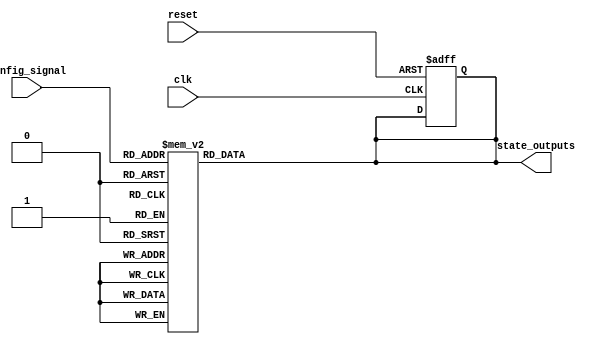
module ConfigurableInitialConditions #(
    parameter NUM_OUTPUTS = 8,                // Number of state output signals
    parameter CONFIG_WIDTH = 3,                // Number of bits for Config Signal
    parameter DEFAULT_STATE = {NUM_OUTPUTS{1'b0}} // Default state (all zeros)
)(
    input  wire [CONFIG_WIDTH - 1:0] config_signal,   // Config Signal
    input  wire clk,                                  // Clock Signal
    input  wire reset,                                // Reset Signal (active-high)
    output reg  [NUM_OUTPUTS - 1:0] state_outputs    // State Outputs
);

    // Combinational logic: Define initial conditions based on config_signal
    always @(*) begin
        case (config_signal)
            3'b000: state_outputs = 8'b00000000; // Condition 0
            3'b001: state_outputs = 8'b00000001; // Condition 1
            3'b010: state_outputs = 8'b00000010; // Condition 2
            3'b011: state_outputs = 8'b00000100; // Condition 3
            3'b100: state_outputs = 8'b00001000; // Condition 4
            3'b101: state_outputs = 8'b00010000; // Condition 5
            3'b110: state_outputs = 8'b00100000; // Condition 6
            3'b111: state_outputs = 8'b01000000; // Condition 7
            default: state_outputs = DEFAULT_STATE; // Default case
        endcase
    end

    // Sequential logic: Handle reset and clock edge
    always @(posedge clk or posedge reset) begin
        if (reset) begin
            state_outputs <= DEFAULT_STATE; // Set outputs to default state on reset
        end else begin
            // State outputs are set based on the current combinational logic
            // The state outputs are already assigned in the combinational block
        end
    end

endmodule